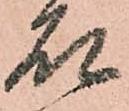
石